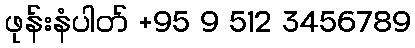
ဖုန်းနံပါတ် +95 9 512 3456789